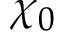
\chi _ { 0 }